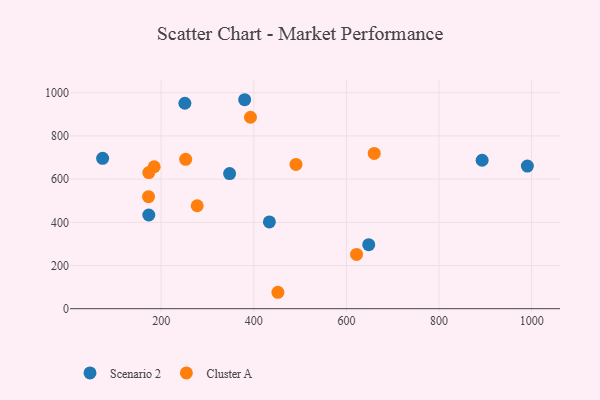
{"axis": {"x": "Experience", "y": "Salary"}, "legend": ["Cluster A", "Scenario 2"], "data": [{"x": "73.6", "y": 696.1, "type": "Scenario 2"}, {"x": "347.8", "y": 625.4, "type": "Scenario 2"}, {"x": "251.2", "y": 951.2, "type": "Scenario 2"}, {"x": "433.7", "y": 401.8, "type": "Scenario 2"}, {"x": "893.1", "y": 687.2, "type": "Scenario 2"}, {"x": "380.3", "y": 967.5, "type": "Scenario 2"}, {"x": "990.8", "y": 660.2, "type": "Scenario 2"}, {"x": "173.3", "y": 433.7, "type": "Scenario 2"}, {"x": "648.2", "y": 296.5, "type": "Scenario 2"}, {"x": "452.1", "y": 76.0, "type": "Cluster A"}, {"x": "252.9", "y": 691.7, "type": "Cluster A"}, {"x": "660.1", "y": 718.9, "type": "Cluster A"}, {"x": "621.9", "y": 251.1, "type": "Cluster A"}, {"x": "172.7", "y": 518.8, "type": "Cluster A"}, {"x": "277.8", "y": 476.7, "type": "Cluster A"}, {"x": "173.3", "y": 630.3, "type": "Cluster A"}, {"x": "491.1", "y": 667.9, "type": "Cluster A"}, {"x": "184.9", "y": 657.2, "type": "Cluster A"}, {"x": "392.9", "y": 886.3, "type": "Cluster A"}]}